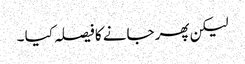
لیکن پھر جانے کا فیصلہ کیا ۔